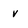
Character: v